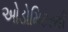
ઓડોમિટરથી